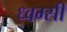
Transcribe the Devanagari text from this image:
ध्वम्सी